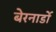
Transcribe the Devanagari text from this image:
बेरनार्डो